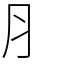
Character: ⺼